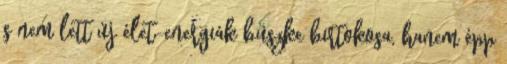
s nem lett új élet-energiák büsz­ke bir­tokosa, hanem épp